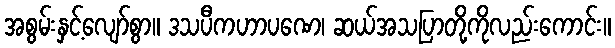
အစွမ်းနှင့်လျော်စွာ။ ဒသပီကဟာပဏေ၊ ဆယ်အသပြာတို့ကိုလည်းကောင်း။